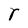
Character: r